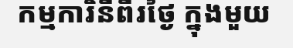
កម្មការិនីពីរថ្ងៃ ក្នុងមួយ